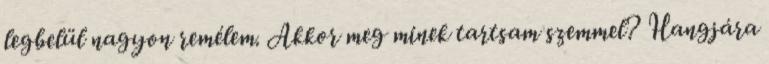
legbelül nagyon remélem. Akkor meg minek tartsam szemmel? Hangjára